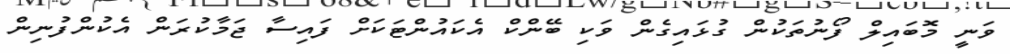
ވަނީ މޮބައިލް ފޯނުތަކުން ގުޅައިގެން ވަކި ބޭންކް އެކައުންޓަކަށް ފައިސާ ޖަމާކުރަން އެކުންފުނިން